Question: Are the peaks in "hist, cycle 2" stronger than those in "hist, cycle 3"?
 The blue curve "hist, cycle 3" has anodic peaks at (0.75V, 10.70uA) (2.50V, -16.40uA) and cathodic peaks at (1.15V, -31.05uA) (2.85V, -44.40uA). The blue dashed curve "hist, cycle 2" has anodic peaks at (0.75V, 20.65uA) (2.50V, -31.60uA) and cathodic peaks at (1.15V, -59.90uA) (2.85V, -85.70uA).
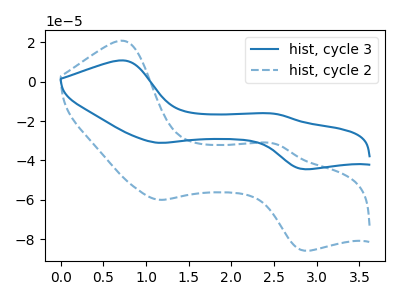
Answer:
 <answer>The peaks in "hist, cycle 2" are neither all higher or all lower than the peaks in "hist, cycle 3".</answer>
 <eval>mixed</eval>